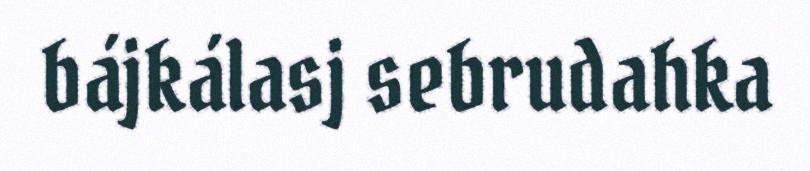
bájkálasj sebrudahka